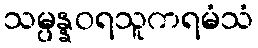
သမ္ပန္နဝရသူကရမံသံ